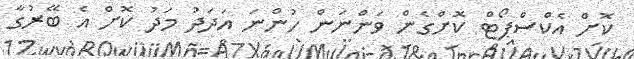
ކޮށް އެކްސްޕޯޓް ކޮށްގެން ވަންނަން ހުންނަ އަދަދު މަދު ކޮށް އެ ބޭރުގާ